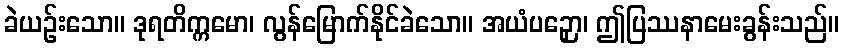
ခဲယဉ်းသော။ ဒုရတိက္ကမော၊ လွန်မြောက်နိုင်ခဲသော။ အယံပဉှော၊ ဤပြဿနာမေးခွန်းသည်။